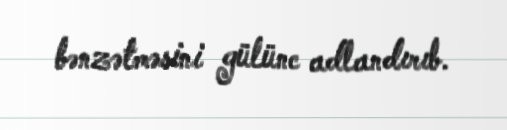
bənzətməsini gülünc adlandırıb.